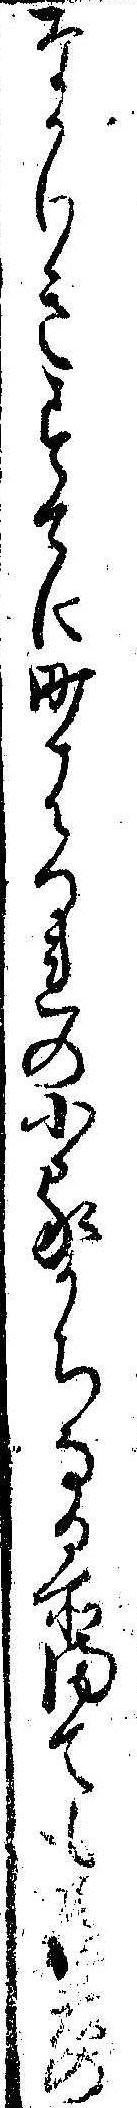
なかりきすてに町はつれの小家かちなる所まても者の